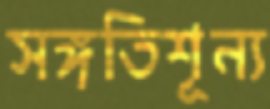
সঙ্গতিশূন্য